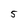
Character: 5